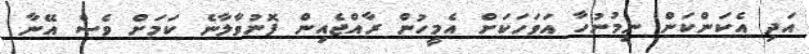
އަދި އެކަންކަން ނިމުނުހާ އަވަހަކަށް އެމީހުން ރާއްޖެއިން ފޮނުވާލާނެ ކަމަށް ވެސް އޭނާ